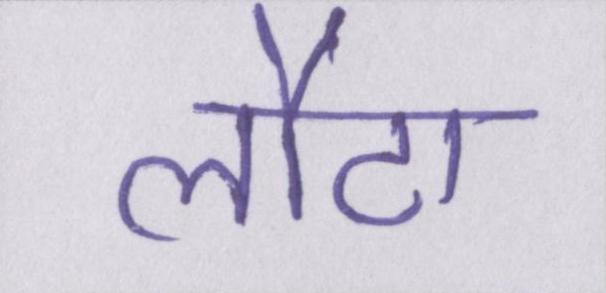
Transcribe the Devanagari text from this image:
लौटा